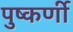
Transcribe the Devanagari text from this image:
पुष्कर्णी